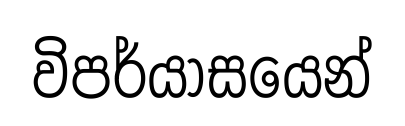
විපර්යාසයෙන්